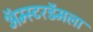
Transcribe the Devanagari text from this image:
ॲम्स्टरडॅमला